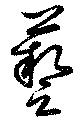
藝